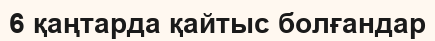
6 қаңтарда қайтыс болғандар